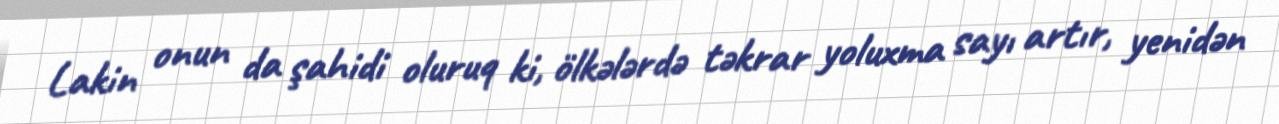
Lakin onun da şahidi oluruq ki, ölkələrdə təkrar yoluxma sayı artır, yenidən